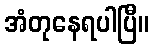
အံတုနေရပါပြီ။